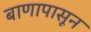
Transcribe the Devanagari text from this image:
बाणापासून